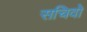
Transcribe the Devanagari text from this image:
सचिवो